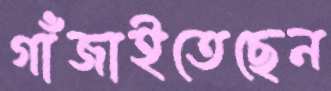
গাঁজাইতেছেন